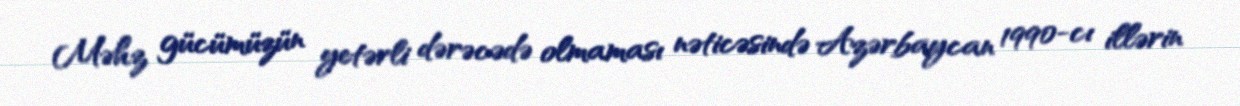
Məhz gücümüzün yetərli dərəcədə olmaması nəticəsində Azərbaycan 1990-cı illərin